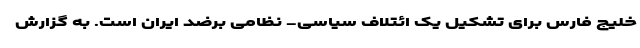
خلیج فارس برای تشکیل یک ائتلاف سیاسی- نظامی برضد ایران است. به گزارش